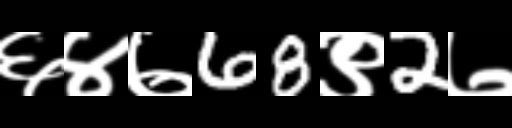
Text: ६४७68९2७